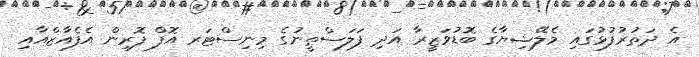
އެ ދަތުރުފުޅުގައި މެލޭޝިޔާގެ ބޮޑުވަޒީރާ އަދި ފަލަސްޠީނުގެ މިނިސްޓަރ އޮފް ފޮރިން އެފެއާޒްއާއި